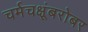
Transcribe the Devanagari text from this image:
चर्मचक्षूंबरोबर